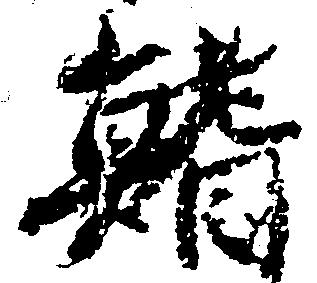
鰭